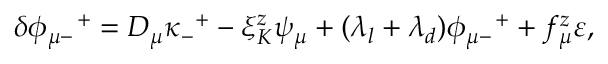
\delta \phi _ { \mu - } ^ { \quad + } = { \cal D } _ { \mu } \kappa _ { - } ^ { \enskip + } - \xi _ { K } ^ { z } \psi _ { \mu } + ( \lambda _ { l } + \lambda _ { d } ) \phi _ { \mu - } ^ { \quad + } + f _ { \mu } ^ { z } \varepsilon ,